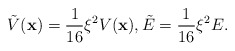
\begin{align*}\tilde{V}(\textbf{x})=\frac{1}{16}\xi^2V(\textbf{x}),\tilde{E}=\frac{1}{16}\xi^2E.\end{align*}